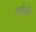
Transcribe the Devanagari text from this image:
बाँम्बेचे